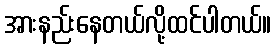
အားနည်းနေတယ်လို့ထင်ပါတယ်။